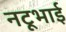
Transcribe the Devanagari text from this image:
नटूभाई